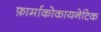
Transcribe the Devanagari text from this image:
फ़ार्माकोकायनेटिक